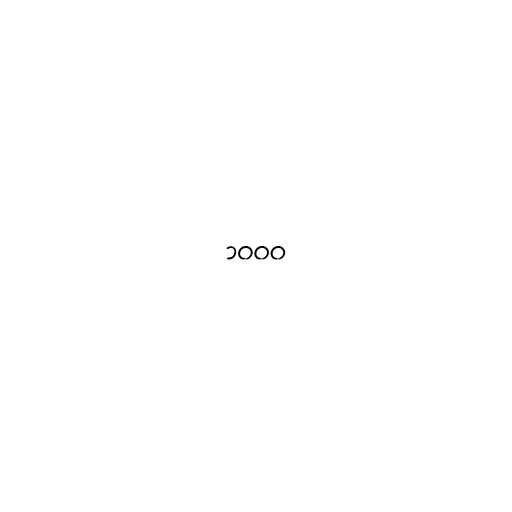
၁၀၀၀